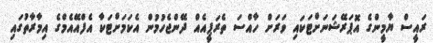
ރައީސް ޔާމީންގެ އޮޕަރޭޝަނަށްޓަކައި ވަރަށް ހާއްސަ ތެރަޕީއެއް ދޭންޖެހުމުން އެކަމަށްޓަކާ އެފްއޭއެމްގެ އިމާރާތުގައި